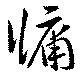
牖